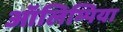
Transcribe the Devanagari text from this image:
ऑलिम्पिया